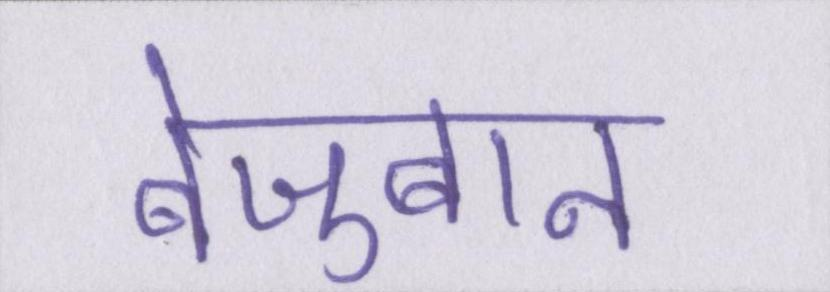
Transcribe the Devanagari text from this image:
बेज़ुबान